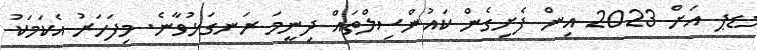
މޑޕ އަށް 2023 އިން ފެށިގެން ކައުންސިލްތައް ދިނީމަ ރަނގަޅުވާނެ. މިފަހަރު އެކަމަކު